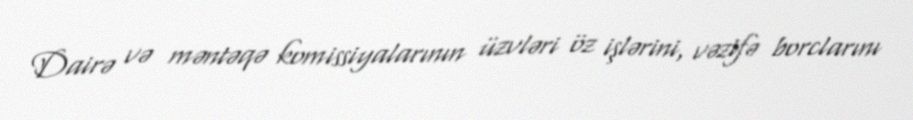
Dairə və məntəqə komissiyalarının üzvləri öz işlərini, vəzifə borclarını